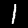
Digit: 1